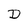
Character: D